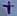
Text: +